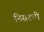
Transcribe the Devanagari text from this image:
निसटती